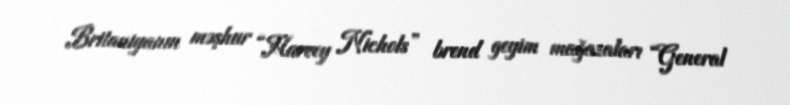
Britaniyanın məşhur “Harvey Nichols” brend geyim mağazaları “General